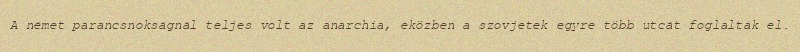
A német parancsnokságnál teljes volt az anarchia, eközben a szovjetek egyre több utcát foglaltak el.